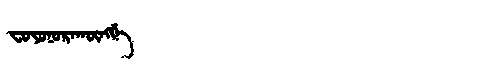
Manchu: ᠸᠣᠶᠣᠨᠣᡵᠠᡴᡡᠩᡤᡝ
Romanization: FOYONORAKŪNGGE